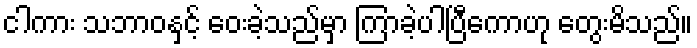
ငါကား သဘာဝနှင့် ဝေးခဲ့သည်မှာ ကြာခဲ့ပါပြီကောဟု တွေးမိသည်။